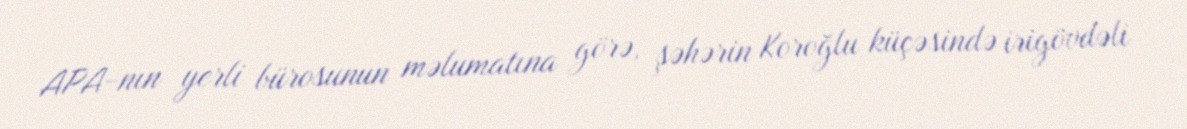
APA-nın yerli bürosunun məlumatına görə, şəhərin Koroğlu küçəsində irigövdəli